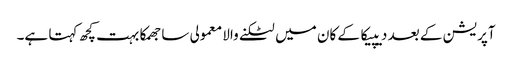
آپریشن کے بعد دیپیکا کے کان میں لٹکنے والا معمولی سا جھمکا بہت کچھ کہتا ہے۔